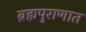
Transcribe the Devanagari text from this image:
ब्रह्मपुराणात